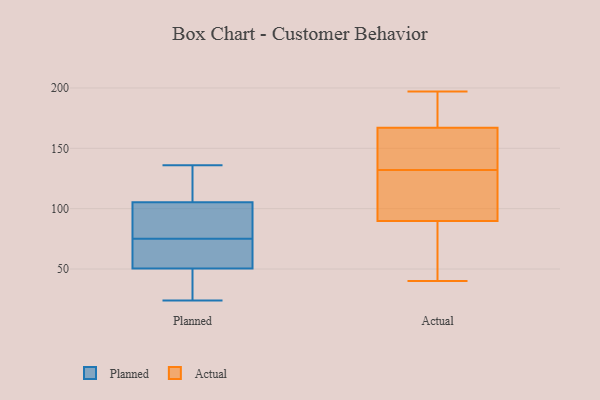
{"axis": {"x": "Shipments", "y": "Value"}, "legend": ["Actual", "Planned"], "data": [{"x": "", "y": 136, "type": "Planned"}, {"x": "", "y": 52, "type": "Planned"}, {"x": "", "y": 24, "type": "Planned"}, {"x": "", "y": 50, "type": "Planned"}, {"x": "", "y": 73, "type": "Planned"}, {"x": "", "y": 125, "type": "Planned"}, {"x": "", "y": 47, "type": "Planned"}, {"x": "", "y": 75, "type": "Planned"}, {"x": "", "y": 94, "type": "Planned"}, {"x": "", "y": 109, "type": "Planned"}, {"x": "", "y": 80, "type": "Planned"}, {"x": "", "y": 197, "type": "Actual"}, {"x": "", "y": 122, "type": "Actual"}, {"x": "", "y": 139, "type": "Actual"}, {"x": "", "y": 92, "type": "Actual"}, {"x": "", "y": 185, "type": "Actual"}, {"x": "", "y": 151, "type": "Actual"}, {"x": "", "y": 109, "type": "Actual"}, {"x": "", "y": 190, "type": "Actual"}, {"x": "", "y": 40, "type": "Actual"}, {"x": "", "y": 161, "type": "Actual"}, {"x": "", "y": 62, "type": "Actual"}, {"x": "", "y": 83, "type": "Actual"}, {"x": "", "y": 132, "type": "Actual"}]}